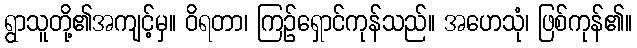
ရွာသူတို့၏အကျင့်မှ။ ဝိရတာ၊ ကြဉ်ရှောင်ကုန်သည်။ အဟေသုံ၊ ဖြစ်ကုန်၏။